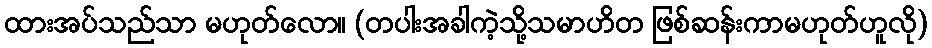
ထားအပ်သည်သာ မဟုတ်လော။ (တပါးအခါကဲ့သို့သမာဟိတ ဖြစ်ဆန်းကာမဟုတ်ဟူလို)